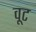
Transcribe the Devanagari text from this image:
वूट